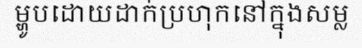
ម្ហូបដោយដាក់ប្រហុកនៅក្នុងសម្ល